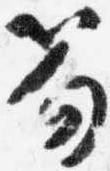
笏